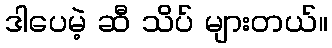
ဒါပေမဲ့ ဆီ သိပ် များတယ်။